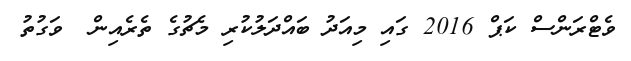
ވެޓްރަންސް ކަޕް 2016 ގައި މިއަދު ބައްދަލުކުރި މެޗުގެ ތެރެއިން  ވަގުތު